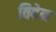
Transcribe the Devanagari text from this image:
विदेन